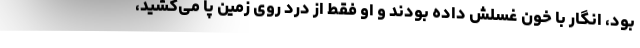
بود، انگار با خون غسلش داده بودند و او فقط از درد روی زمین پا می‌کشید،